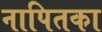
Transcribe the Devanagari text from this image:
नापितका